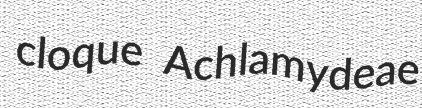
cloque Achlamydeae